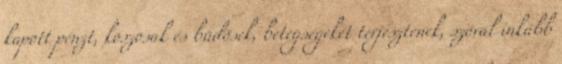
kapott pénzt, koszosak és büdösek, betegségeket terjesztenek, szóval inkább